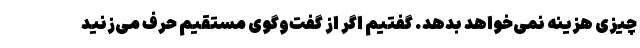
چیزی هزینه نمی‌خواهد بدهد. گفتیم اگر از گفت‌وگوی مستقیم حرف می‌زنید